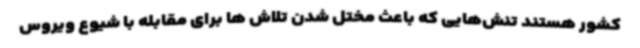
کشور هستند تنش‌هایی که باعث مختل شدن تلاش ها برای مقابله با شیوع ویروس